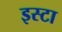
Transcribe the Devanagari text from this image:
इस्टा